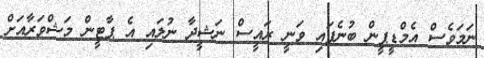
ނަމަވެސް އެމްޑީޕީން ބުނެފައި ވަނީ ރައީސް ނަޝީދާ ނުލައި އެ ޕާޓީން މަޝްވަރާއަށް